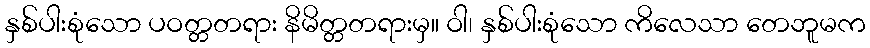
နှစ်ပါးစုံသော ပဝတ္တတရား နိမိတ္တတရားမှ။ ဝါ၊ နှစ်ပါးစုံသော ကိလေသာ တေဘူမက